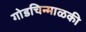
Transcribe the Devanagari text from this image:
गोडचिन्माळकी